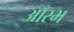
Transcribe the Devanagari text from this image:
आँरभ